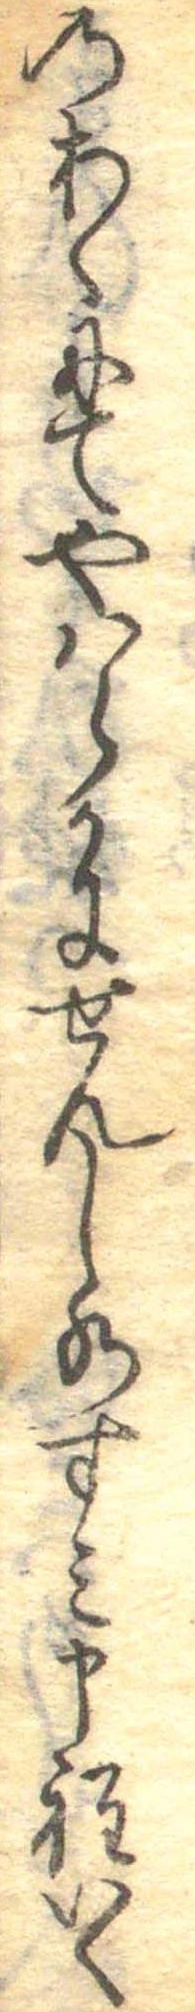
のあくにてやはらかにせんし水すみ申程いく